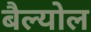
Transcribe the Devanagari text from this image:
बैल्योल